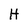
Character: H